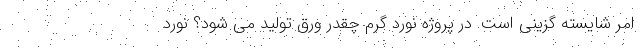
امر شایسته گزینی است. در پروژه نورد گرم چقدر ورق تولید می شود؟ نورد